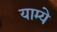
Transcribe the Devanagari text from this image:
याम्ये